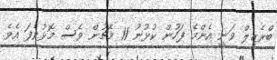
ބްރެޒިލް ވަނީ އެންމެ ފަހުން ކުުޅުނު 11 މެޗުން ވެސް މޮޅުވެފަ އެވެ.